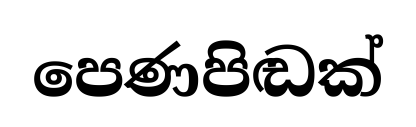
පෙණපිඬක්